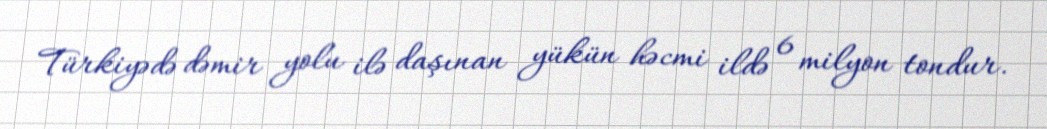
Türkiyədə dəmir yolu ilə daşınan yükün həcmi ildə 6 milyon tondur.